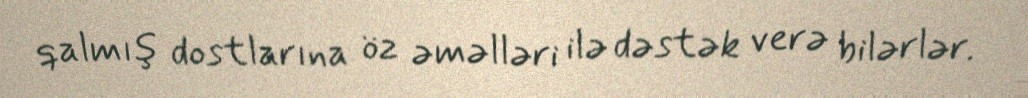
qalmış dostlarına öz əməlləri ilə dəstək verə bilərlər.